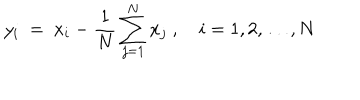
y _ { i } \ = \ x _ { i } - \frac { 1 } { N } \sum _ { j = 1 } ^ { N } x _ { j } \ , \quad i = 1 , 2 , \ldots , N